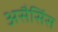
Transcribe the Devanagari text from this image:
असैसिंस